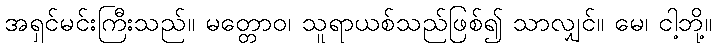
အရှင်မင်းကြီးသည်။ မတ္တောဝ၊ သူရာယစ်သည်ဖြစ်၍ သာလျှင်။ မေ၊ ငါ့ဘို့။